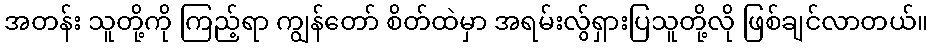
အတန်း သူတို့ကို ကြည့်ရာ ကျွန်တော် စိတ်ထဲမှာ အရမ်းလွ်ရှားပြသူတို့လို ဖြစ်ချင်လာတယ်။